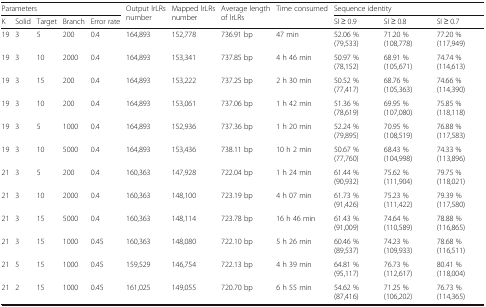
<table><thead><tr><td colspan="5"><b>Parameters</b></td><td rowspan="2"><b>Output lrLRs number</b></td><td rowspan="2"><b>Mapped lrLRs number</b></td><td rowspan="2"><b>Average length of lrLRs</b></td><td rowspan="2"><b>Time consumed</b></td><td colspan="3"><b>Sequence identity</b></td></tr><tr><td><b>K</b></td><td><b>Solid</b></td><td><b>Target</b></td><td><b>Branch</b></td><td><b>Error rate</b></td><td><b>SI ≥ 0.9</b></td><td><b>SI ≥ 0.8</b></td><td><b>SI ≥ 0.7</b></td></tr></thead><tbody><tr><td>19</td><td>3</td><td>5</td><td>200</td><td>0.4</td><td>164,893</td><td>152,778</td><td>736.91 bp</td><td>47 min</td><td>52.06 % (79,533)</td><td>71.20 % (108,778)</td><td>77.20 % (117,949)</td></tr><tr><td>19</td><td>3</td><td>10</td><td>2000</td><td>0.4</td><td>164,893</td><td>153,341</td><td>737.85 bp</td><td>4 h 46 min</td><td>50.97 % (78,152)</td><td>68.91 % (105,671)</td><td>74.74 % (114,613)</td></tr><tr><td>19</td><td>3</td><td>15</td><td>200</td><td>0.4</td><td>164,893</td><td>153,222</td><td>737.25 bp</td><td>2 h 30 min</td><td>50.52 % (77,417)</td><td>68.76 % (105,363)</td><td>74.66 % (114,390)</td></tr><tr><td>19</td><td>3</td><td>10</td><td>200</td><td>0.4</td><td>164,893</td><td>153,061</td><td>737.06 bp</td><td>1 h 42 min</td><td>51.36 % (78,619)</td><td>69.95 % (107,080)</td><td>75.85 % (118,118)</td></tr><tr><td>19</td><td>3</td><td>5</td><td>1000</td><td>0.4</td><td>164,893</td><td>152,936</td><td>737.36 bp</td><td>1 h 20 min</td><td>52.24 % (79,895)</td><td>70.95 % (108,519)</td><td>76.88 % (117,583)</td></tr><tr><td>19</td><td>3</td><td>10</td><td>5000</td><td>0.4</td><td>164,893</td><td>153,436</td><td>738.11 bp</td><td>10 h 2 min</td><td>50.67 % (77,760)</td><td>68.43 % (104,998)</td><td>74.33 % (113,896)</td></tr><tr><td>21</td><td>3</td><td>5</td><td>200</td><td>0.4</td><td>160,363</td><td>147,928</td><td>722.04 bp</td><td>1 h 24 min</td><td>61.44 % (90,932)</td><td>75.62 % (111,904)</td><td>79.75 % (118,021)</td></tr><tr><td>21</td><td>3</td><td>10</td><td>2000</td><td>0.4</td><td>160,363</td><td>148,100</td><td>723.19 bp</td><td>4 h 07 min</td><td>61.73 % (91,426)</td><td>75.23 % (111,422)</td><td>79.39 % (117,580)</td></tr><tr><td>21</td><td>3</td><td>15</td><td>5000</td><td>0.4</td><td>160,363</td><td>148,114</td><td>723.78 bp</td><td>16 h 46 min</td><td>61.43 % (91,009)</td><td>74.64 % (110,589)</td><td>78.88 % (116,865)</td></tr><tr><td>21</td><td>3</td><td>15</td><td>1000</td><td>0.45</td><td>160,363</td><td>148,080</td><td>722.10 bp</td><td>5 h 26 min</td><td>60.46 % (89,537)</td><td>74.23 % (109,933)</td><td>78.68 % (116,511)</td></tr><tr><td>21</td><td>5</td><td>15</td><td>1000</td><td>0.45</td><td>159,529</td><td>146,754</td><td>722.13 bp</td><td>4 h 39 min</td><td>64.81 % (95,117)</td><td>76.73 % (112,617)</td><td>80.41 % (118,004)</td></tr><tr><td>21</td><td>2</td><td>15</td><td>1000</td><td>0.45</td><td>161,025</td><td>149,055</td><td>720.70 bp</td><td>6 h 55 min</td><td>54.62 % (87,416)</td><td>71.25 % (106,202)</td><td>76.73 % (114,365)</td></tr></tbody></table>